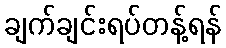
ချက်ချင်းရပ်တန့်ရန်